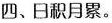
四、日积月累。